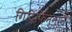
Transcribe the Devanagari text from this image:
गिदिंफिन्‍नानै